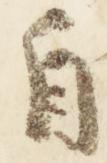
自